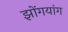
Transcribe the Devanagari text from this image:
झोंगयांग